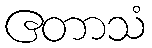
ဧတာသံ